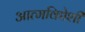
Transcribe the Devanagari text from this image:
आत्मविद्येशी